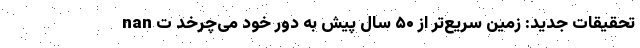
nan تحقیقات جدید: زمین سریع‌تر از ۵۰ سال پیش به دور خود می‌چرخد ت